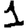
Digit: 1